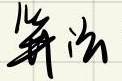
并法